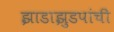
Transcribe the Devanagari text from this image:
झाडाझुडपांची